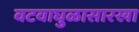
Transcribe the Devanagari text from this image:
वटवाघुळासारखा